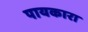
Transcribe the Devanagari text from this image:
पायकारा